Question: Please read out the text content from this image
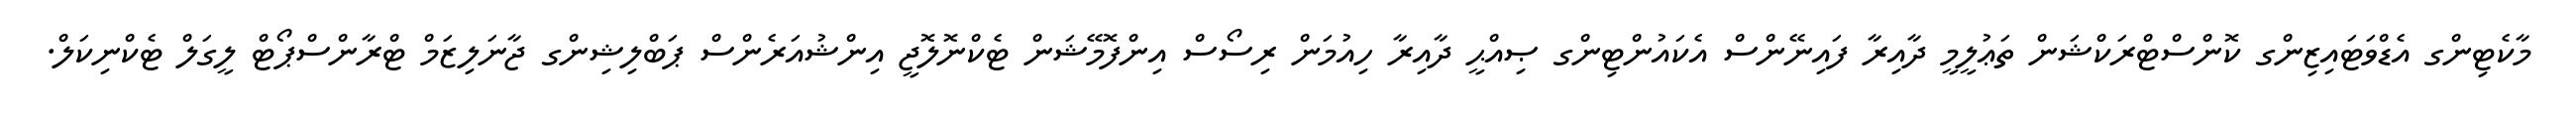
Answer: މާކެޓިންގ އެޑްވަޓައިޒިންގ ކޮންސްޓްރަކްޝަން ތަޢުލީމީ ދާއިރާ ފައިނޭންސް އެކައުންޓިންގ ޞިއްޙީ ދާއިރާ ހިއުމަން ރިސޯސް އިންފޮމޭޝަން ޓެކްނޮލޮޖީ އިންޝުއަރެންސް ޕަބްލިޝިންގ ޖާނަލިޒަމް ޓްރާންސްޕޯޓް ލީގަލް ޓެކްނިކަލް.